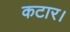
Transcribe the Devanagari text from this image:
कटार।